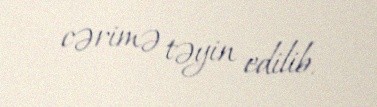
cərimə təyin edilib.